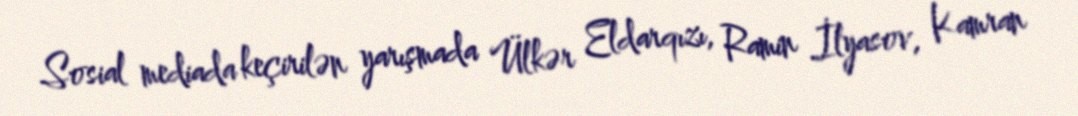
Sosial mediada keçirilən yarışmada Ülkər Eldarqızı, Ramin İlyasov, Kamran